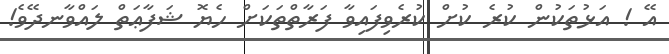
އޭ ! އަޅުތަކުން ކުރެ ކުށް ކުރެވިފައިވާ ފަރާތްތަކަށް ހެޔޮ ޝަފާޢަތް ލައްވާނދޭވެ!